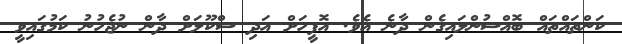
ކަންތައްތައް ބޮއްސުންލައިގެން ދާނެ އެވެ. އޮފީހަށް އަދި ސްކޫލަށް ދާން ނުޖެހުނު ކަމުގައިވީ